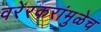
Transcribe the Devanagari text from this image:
वरेरकरांमुळेच